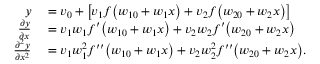
\begin{array} { r l } { y } & { { } = v _ { 0 } + \left[ v _ { 1 } f \big ( w _ { 1 0 } + w _ { 1 } x \big ) + v _ { 2 } f \big ( w _ { 2 0 } + w _ { 2 } x \big ) \right] } \\ { \frac { \partial y } { \partial x } } & { { } = v _ { 1 } w _ { 1 } f ^ { \prime } \big ( w _ { 1 0 } + w _ { 1 } x \big ) + v _ { 2 } w _ { 2 } f ^ { \prime } \big ( w _ { 2 0 } + w _ { 2 } x \big ) } \\ { \frac { \partial ^ { 2 } y } { \partial x ^ { 2 } } } & { { } = v _ { 1 } w _ { 1 } ^ { 2 } f ^ { \prime \prime } \big ( w _ { 1 0 } + w _ { 1 } x \big ) + v _ { 2 } w _ { 2 } ^ { 2 } f ^ { \prime \prime } \big ( w _ { 2 0 } + w _ { 2 } x \big ) . } \end{array}